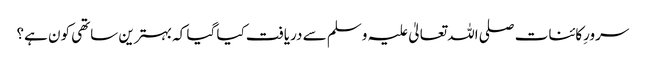
سرورِکائنات صلی اللہ تعالیٰ علیہ وسلم سے دریافت کیا گیا کہ بہترین ساتھی کون ہے؟